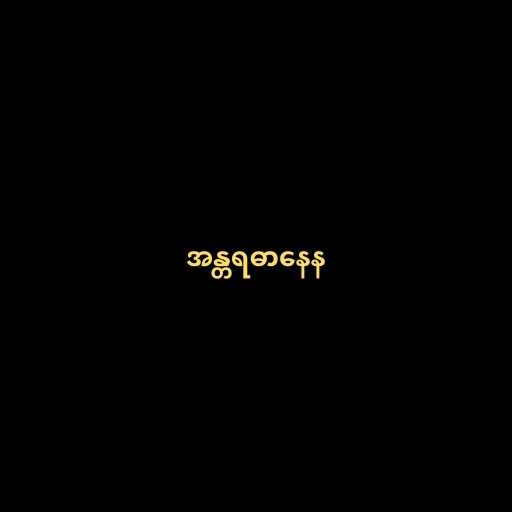
အန္တရဓာနေန